Scottish assistants in French and German schools and colleges, 1935
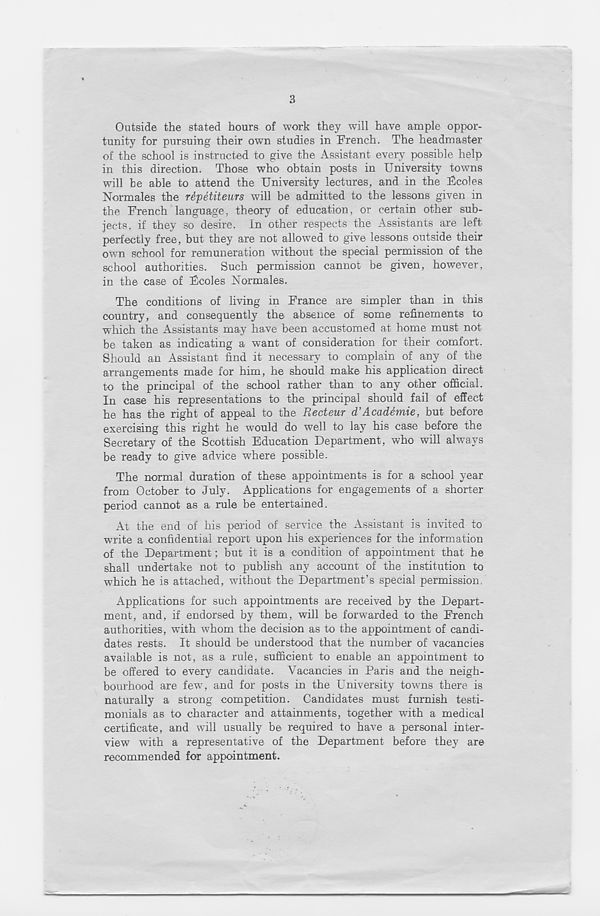
3
Outside the stated hours of work they will have ample oppor-
tunity for pursuing their own studies in French. The headmaster
of the school is instructed to give the Assistant every possible help
in this direction. Those who obtain posts in University towns
will be able to attend the University lectures, and in the Ucoles
Normales the rdpetitears will be admitted to the lessons given in
the French language, theory of education, or certain other sub-
jects, if they so desire. In other respects the Assistants are left
perfectly free, but they are not alkrwed to give lessons outside their
own school for remuneration without the special permission of the
school authorities. Such permission cannot be given, however,
in the case of Fcoles Normales.
The conditions of living in France are simpler than in this
country, and consequently the absence of some refinements to
which the Assistants may have been accustomed at home must not
be taken as indicating a want of consideration for their comfort.
Should an Assistant find it necessary to complain of any of the
arrangements made for him, he should make his application direct
to the principal of the school rather than to any other official.
In case his representations to the principal should fail of effect
he has the right of appeal to the Recteur d’Academic, but before
exercising this right he would do well to lay his case before the
Secretary of the Scottish Education Department, who will always
be ready to give advice where possible.
The normal duration of these appointments is for a school year
from October to July. Applications for engagements of a shorter
period cannot as a rule be entertained.
At the end of his period of service the Assistant is invited to
write a confidential report upon his experiences for the information
of the Department; but it is a condition of appointment that he
shall undertake not to publish any account of the institution to
which he is attached, without the Department’s special permission.
Applications for such appointments are received by the Depart-
ment, and, if endorsed by them, will be forwarded to the French
authorities, with whom the decision as to the appointment of candi-
dates rests. It should be understood that the number of vacancies
available is not, as a rule, sufficient to enable an appointment to
be offered to every candidate. Vacancies in Paris and the neigh-
bourhood are few, and for posts in the University towns there is
naturally a strong competition. Candidates must furnish testi-
monials as to character and attainments, together with a medical
certificate, and will usually be required to have a personal inter-
view with a representative of the Department before they are
recommended for appointment.